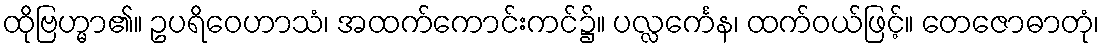
ထိုဗြဟ္မာ၏။ ဥပရိဝေဟာသံ၊ အထက်ကောင်းကင်၌။ ပလ္လင်္ကေန၊ ထက်ဝယ်ဖြင့်။ တေဇောဓာတုံ၊